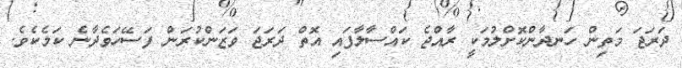
ދަރަޖަ މަތިން ހަނދާންކޮށްލުމަކީ ރާއްޖެ ކައްސާލާފައި އޮތް ދަރަޖަ ވަޒަންކުރަން ފަސޭހަވެދާނެ ކަމެކެވެ.